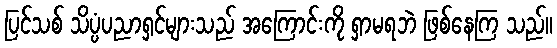
ပြင်သစ် သိပ္ပံပညာရှင်များသည် အကြောင်းကို ရှာမရဘဲ ဖြစ်နေကြ သည်။